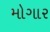
મોગાર